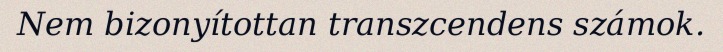
Nem bizonyítottan transzcendens számok.